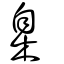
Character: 臬